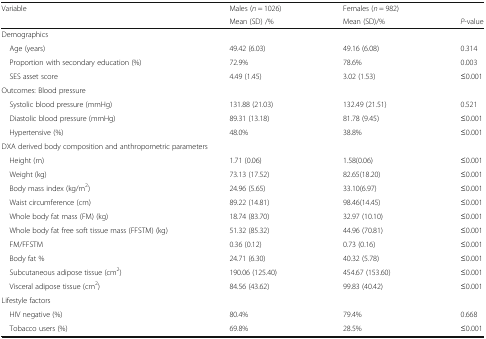
| Variable | Males (n = 1026) | Females (n = 982) |  |
 |  | Mean (SD) /% | Mean (SD)/% | P-value |
 | --- | --- | --- | --- |
 | <COLSPAN=4> Demographics |
 | Age (years) | 49.42 (6.03) | 49.16 (6.08) | 0.314 |
 | Proportion with secondary education (%) | 72.9% | 78.6% | 0.003 |
 | SES asset score | 4.49 (1.45) | 3.02 (1.53) | ≤0.001 |
 | <COLSPAN=4> Outcomes: Blood pressure |
 | Systolic blood pressure (mmHg) | 131.88 (21.03) | 132.49 (21.51) | 0.521 |
 | Diastolic blood pressure (mmHg) | 89.31 (13.18) | 81.78 (9.45) | ≤0.001 |
 | Hypertensive (%) | 48.0% | 38.8% | ≤0.001 |
 | <COLSPAN=4> DXA derived body composition and anthropometric parameters |
 | Height (m) | 1.71 (0.06) | 1.58(0.06) | ≤0.001 |
 | Weight (kg) | 73.13 (17.52) | 82.65(18.20) | ≤0.001 |
 | Body mass index (kg/m2) | 24.96 (5.65) | 33.10(6.97) | ≤0.001 |
 | Waist circumference (cm) | 89.22 (14.81) | 98.46(14.45) | ≤0.001 |
 | Whole body fat mass (FM) (kg) | 18.74 (83.70) | 32.97 (10.10) | ≤0.001 |
 | Whole body fat free soft tissue mass (FFSTM) (kg) | 51.32 (85.32) | 44.96 (70.81) | ≤0.001 |
 | FM/FFSTM | 0.36 (0.12) | 0.73 (0.16) | ≤0.001 |
 | Body fat % | 24.71 (6.30) | 40.32 (5.78) | ≤0.001 |
 | Subcutaneous adipose tissue (cm2) | 190.06 (125.40) | 454.67 (153.60) | ≤0.001 |
 | Visceral adipose tissue (cm2) | 84.56 (43.62) | 99.83 (40.42) | ≤0.001 |
 | <COLSPAN=4> Lifestyle factors |
 | HIV negative (%) | 80.4% | 79.4% | 0.668 |
 | Tobacco users (%) | 69.8% | 28.5% | ≤0.001 |